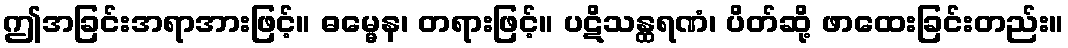
ဤအခြင်းအရာအားဖြင့်။ ဓမ္မေန၊ တရားဖြင့်။ ပဋိသန္ထရဏံ၊ ပိတ်ဆို့ ဖာထေးခြင်းတည်း။